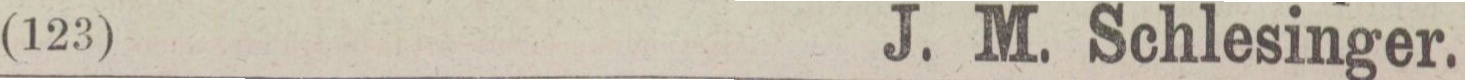
(123)    J. M. Schlesinger.